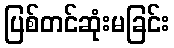
ပြစ်တင်ဆုံးမခြင်း